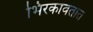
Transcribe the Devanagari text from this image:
भिरकावतात